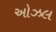
ઓઝલ